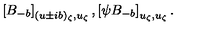
\left[ B _ { - b } \right] _ { ( u \pm i b ) _ { \zeta } , u _ { \zeta } } , \left[ \psi B _ { - b } \right] _ { u _ { \zeta } , u _ { \zeta } } .